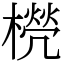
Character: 橩